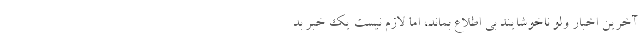
آخرین اخبار ولو ناخوشایند بی اطلاع بماند، اما لازم نیست یک خبر بد